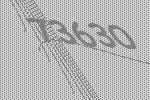
73630